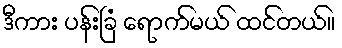
ဒီကား ပန်းခြံ ရောက်မယ် ထင်တယ်။